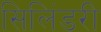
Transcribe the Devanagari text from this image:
सिलिंडरी